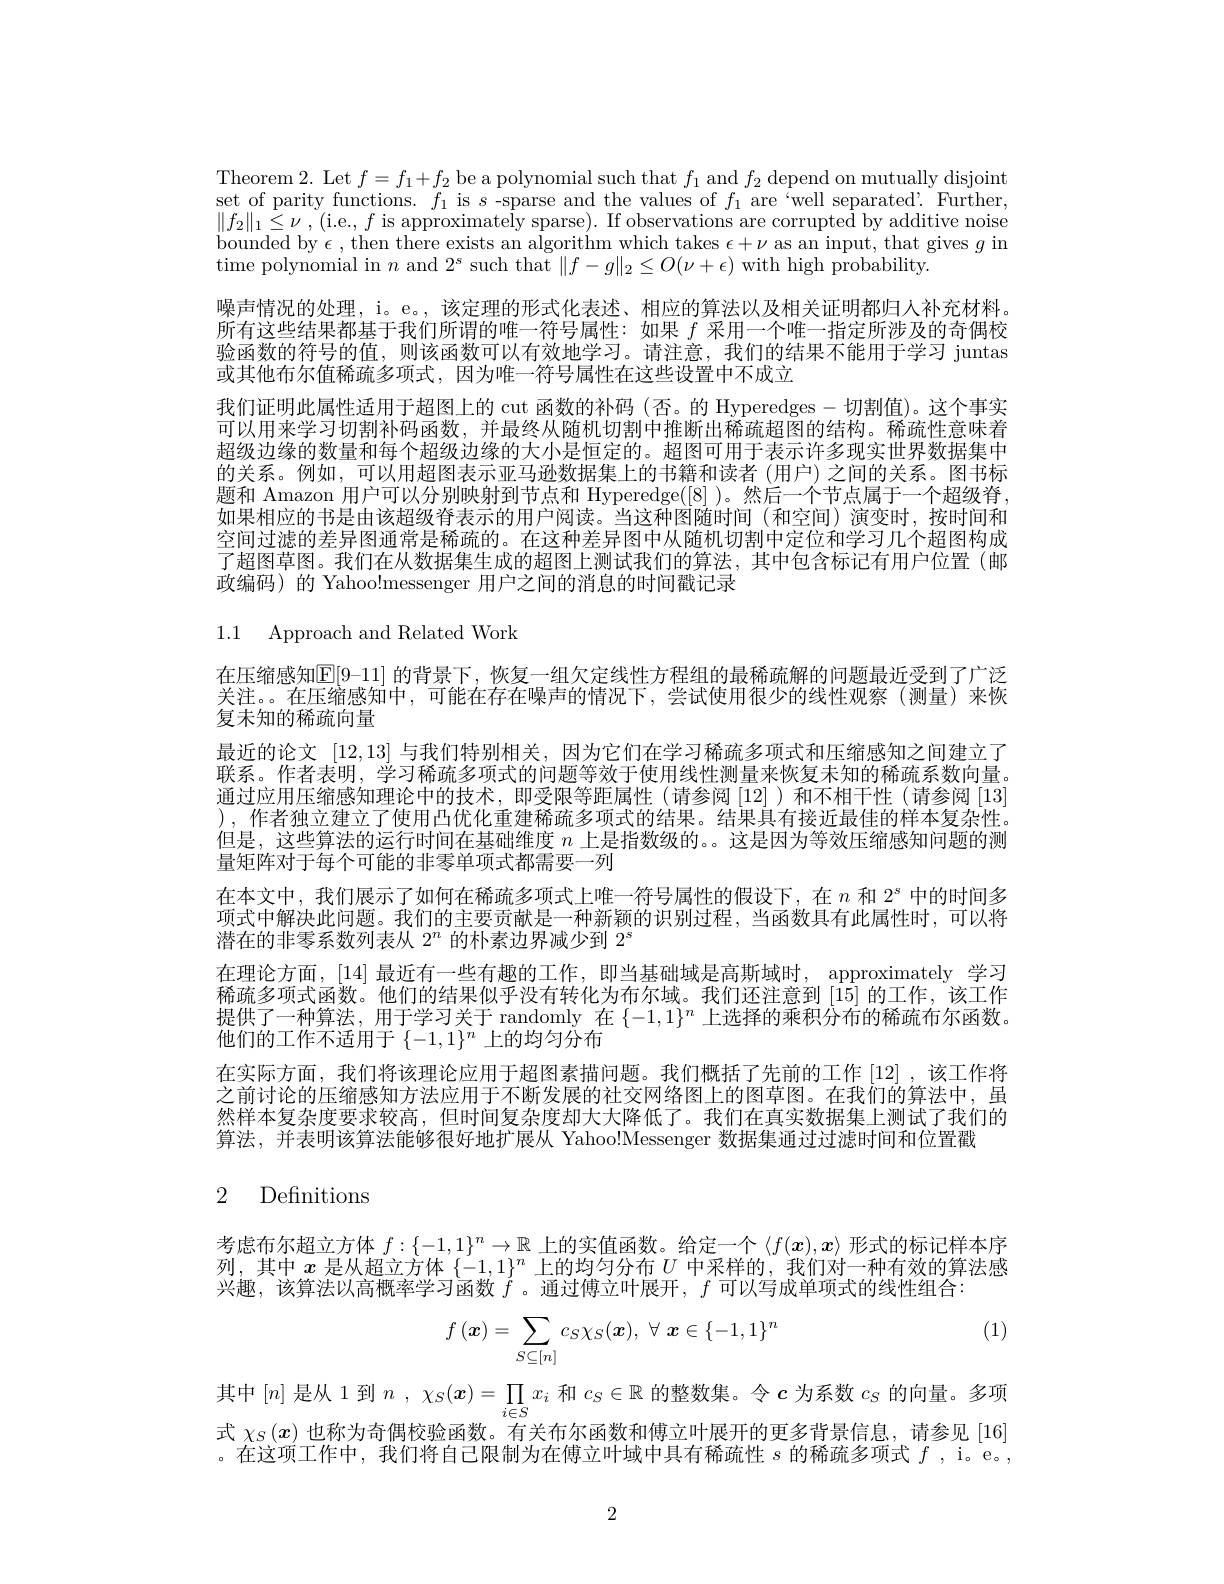
Theorem 2. Let $f=f_1+f_2$ be a polynomial such that $f_1$ and $f_2$ depend on mutually disjoint set of parity functions. $f_1$ is $s$ -sparse and the values of $f_1$ are “well separated’ Further, $\| f_{2}\| _{1}\leq \nu$ , (i.e., $f$ is approximately sparse). If observations are corrupted by additive noise bounded by $\epsilon$, then there exists an algorithm which takes $\epsilon+\nu$ as an input, that gives $g$ in time polynomial in $n$ and $2^s$ such that $\|f-g\|_2\leq O(\nu+\epsilon)$ with high probability.
噪声情况的处理，i。e。, 该定理的形式化表述、相应的算法以及相关证明都归人补充材料。所有这些结果都基于我们所谓的唯一符号属性：如果$f$采用一个唯一指定所涉及的奇偶校验函数的符号的值，则该函数可以有效地学习。请注意，我们的结果不能用于学习 juntas 或其他布尔值稀疏多项式，因为唯一符号属性在这些设置中不成立
我们证明此属性适用于超图上的 cut 函数的补码 (否。的 Hyperedges-切割值)。这个事实可以用来学习切割补码函数，并最终从随机切割中推断出稀疏超图的结构。稀疏性意味着超级边缘的数量和每个超级边缘的大小是恒定的。超图可用于表示许多现实世界数据集中的关系。例如，可以用超图表示亚马逊数据集上的书籍和读者(用户)之间的关系。图书标题和 Amazon 用户可以分别映射到节点和 Hyperedge([8] )。然后一个节点属于一个超级脊如果相应的书是由该超级脊表示的用户阅读。当这种图随时间(和空间)演变时，按时间和空间过滤的差异图通常是稀疏的。在这种差异图中从随机切割中定位和学习几个超图构成了超图草图。我们在从数据集生成的超图上测试我们的算法，其中包含标记有用户位置(邮政编码)的 Yahoo!messenger 用户之间的消息的时间戳记录

1.1 Approach and Related Work

在压缩感知$\mathbb{E}[9-11]$ 的背景下，恢复一组欠定线性方程组的最稀疏解的问题最近受到了广泛关注。在压缩感知中，可能在存在噪声的情况下，尝试使用很少的线性观察(测量)来恢复未知的稀疏向量
最近的论文[12,13]与我们特别相关，因为它们在学习稀疏多项式和压缩感知之间建立了联系。作者表明，学习稀疏多项式的问题等效于使用线性测量来恢复末知的稀疏系数向量。通过应用压缩感知理论中的技术，即受限等距属性(请参阅[12] )和不相干性(请参阅 [13] ), 作者独立建立了使用凸优化重建稀疏多项式的结果。结果具有接近最佳的样本复杂性。但是，这些算法的运行时间在基础维度$n$上是指数级的。。这是因为等效压缩感知问题的测量矩阵对于每个可能的非零单项式都需要一列
在本文中，我们展示了如何在稀疏多项式上唯一符号属性的假设下，在$n$和$2^s$中的时间多项式中解决此问题。我们的主要贡献是一种新颖的识别过程，当函数具有此属性时，可以将潜在的非零系数列表从$2^n$的朴素边界减少到$2^s$
在理论方面，[14] 最近有一些有趣的工作，即当基础域是高斯域时，approximately 学习稀疏多项式函数。他们的结果似乎没有转化为布尔域。我们还注意到[15]的工作，该工作提供了一种算法，用于学习关于 randomly 在$\{-1,1\}^n$上选择的乘积分布的稀疏布尔函数。他们的工作不适用于$\{-1,1\}^n$上的均匀分布
在实际方面，我们将该理论应用于超图素描问题。我们概括了先前的工作[12],该工作将之前讨论的压缩感知方法应用于不断发展的社交网络图上的图草图。在我们的算法中，虽然样本复杂度要求较高，但时间复杂度却大大降低了。我们在真实数据集上测试了我们的算法，并表明该算法能够很好地扩展从 Yahoo!Messenger 数据集通过过滤时间和位置戳

# 2 Definitions

考虑布尔超立方体$f:\{-1,1\}^n\to\mathbb{R}$上的实值函数。给定一个$\langle f(\boldsymbol{x}),x\rangle$形式的标记样本序列，其中$x$是从超立方体$\{-1,1\}^n$上的均匀分布$U$中采样的，我们对一种有效的算法感兴趣，该算法以高概率学习函数$\dot{f}$ 。通过傅立叶展开，$f$可以写成单项式的线性组合：

(1)
$$f\left(\boldsymbol{x}\right)=\sum\limits_{S\subseteq[n]}c_{S}\chi_{S}(\boldsymbol{x}),\:\forall\:\boldsymbol{x}\in\{-1,1\}^{n}$$
其中$[n]$是从 1 到$n,\chi_S(\boldsymbol{x})=\prod_{-\infty}x_i$和$c_S\in\mathbb{R}$的整数集。令$c$为系数$c_S$的向量。多项式$\chi_S(x)$也称为奇偶校验函数。有关布尔函数和傅立叶展开的更多背景信息，请参见[16] 。在这项工作中，我们将自己限制为在傅立叶域中具有稀疏性$s$的稀疏多项式$f$, i。e。,

2